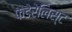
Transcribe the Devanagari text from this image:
फेडेरेलिस्ट